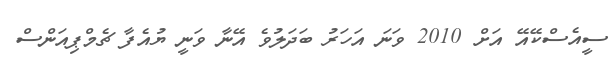
ސީއެސްކޭއޭ އަށް 2010 ވަނަ އަހަރު ބަދަލުވެ އޭނާ ވަނީ ޔުއެފާ ޗެމްޕިއަންސް